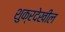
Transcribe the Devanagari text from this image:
शुक्रदेखील